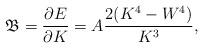
LaTeX: \begin{align*}{\mathfrak{B}} = \frac{\partial E}{\partial K} = A \frac{2(K^4-W^4)}{K^3},\end{align*}